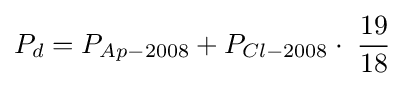
P_{d}=P_{Ap-2008}+P_{Cl-2008}\cdot \;{\frac {19}{18}}